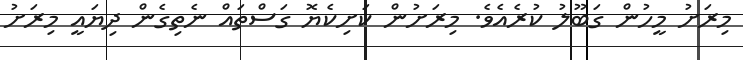
މިރަށު މީހުން ގަބޫލު ކުރެއެވެ. މިރަށުން ކަށިކެޔޮ ގަސްތައް ނެތިގެން ދިޔައީ މިރަށު